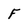
Character: F